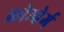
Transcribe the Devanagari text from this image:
फ्रोम्बेर्ग